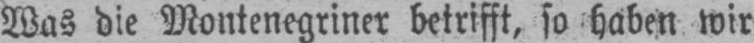
Was die Montenegriner betrifft, so haben wir